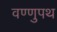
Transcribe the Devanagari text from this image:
वण्णुपथ